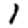
Digit: 1